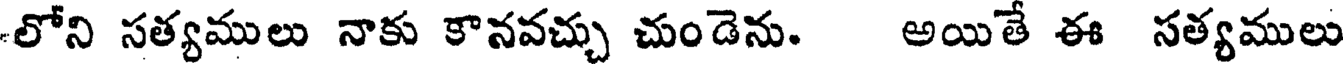
లోని సత్యములు నాకు కానవచ్చు చుండెను. అయితే ఈ సత్యములు